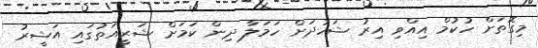
މިގޮތަށް ހުކުމް އިއްވި އިރު ޝަހުދަށް ހަމަލާ ދިން ކަމަށް ޝަރީއަތުގައި އަޝީރު